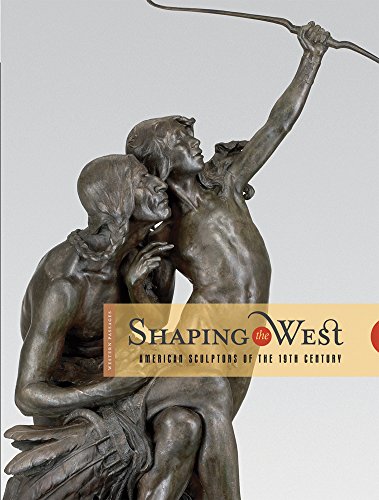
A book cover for Shaping the West: American Sculptors of the 19th Century (Western Passages); Arts & Photography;